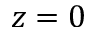
z = 0